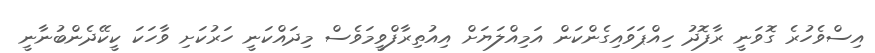
އިސްވެހުރެ ގޮވަނީ ރާފޮދު ހިއްޕަވައިގެންކަން އަމިއްލަޔަށް އިއުތިރާފްވީމަވެސް މިދައްކަނީ ހަރުކަށި ވާހަކަ ކީކޭދެންބުނާނީ